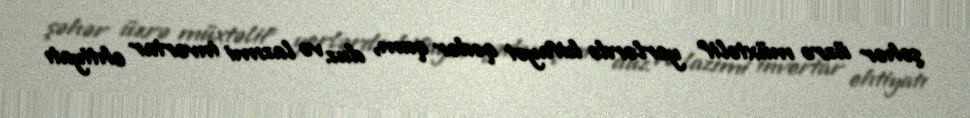
şəhər üzrə müxtəlif yerlərdə kifayət qədər qum, duz və lazımi invertar ehtiyatı